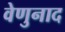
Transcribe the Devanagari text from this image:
वेणुनाद